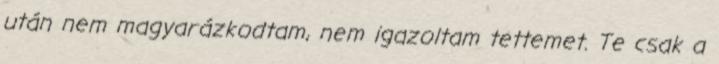
után nem magyarázkodtam, nem igazoltam tettemet. Te csak a